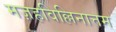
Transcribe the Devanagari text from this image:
मज़हविल्लिनात्तम